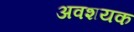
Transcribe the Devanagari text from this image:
अवशयक